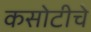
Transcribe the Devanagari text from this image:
कसोटीचे